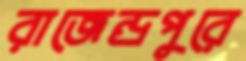
রাজেন্দ্রপুরে